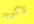
لاكوود